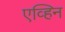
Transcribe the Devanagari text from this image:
एव्हिन